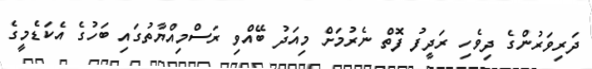
ދަރިވަރުންގެ ދިވެހި ރަދީފު ފޮތް ނެރުމަށް މިއަދު ބޭއްވި ރަސްމިއްޔާތުގައި ބަހުގެ އެކަޑެމީގެ